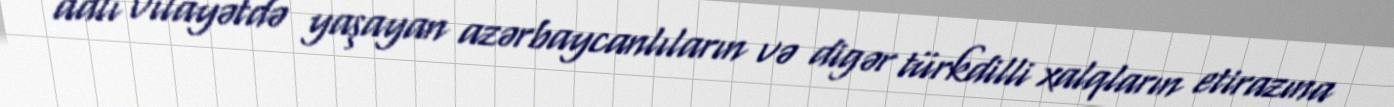
adlı vilayətdə yaşayan azərbaycanlıların və digər türkdilli xalqların etirazına